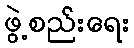
ဖွဲ့စည်းရေး